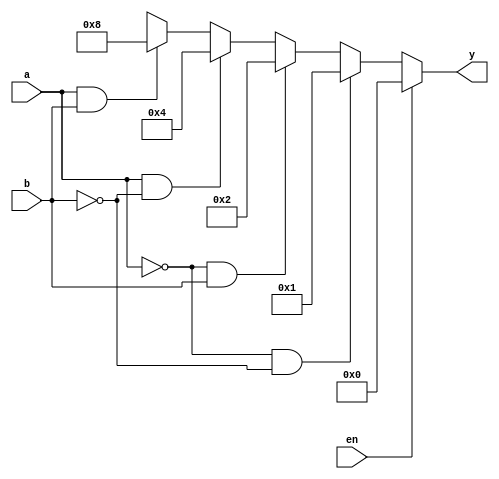
// source geeks for geeks 
module decoder2_to_4(en,a,b,y);
   input en,a,b;
   output reg [3:0]y;
   
   always @(en,a,b)
     begin
       // using condition if statement 
       // implement the 2:4 truth table
       if(en==0)
         begin
           if(a==1'b0 & b==1'b0) 	  y=4'b0001;
           else if(a==1'b0 & b==1'b1) y=4'b0010;
           else if(a==1'b1 & b==1'b0) y=4'b0100;
           else if(a==1 & b==1) 		  y=4'b1000;
           else 							  y=4'bxxxx;
         end
       else
        y=4'b0000;
     end
endmodule